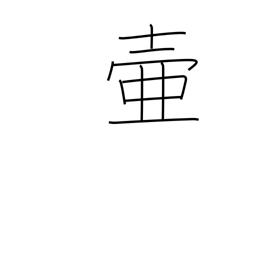
Meaning: jar